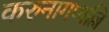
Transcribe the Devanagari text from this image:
करुनागप्पल्लि